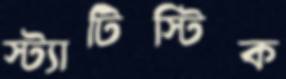
স্ট্যাটিস্টিক